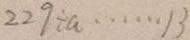
2 2 9 \div a \cdots 1 3